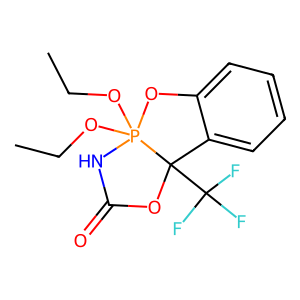
SMILES: CCOP12(OCC)NC(=O)OC1(C(F)(F)F)c1ccccc1O2
Inhibits HIV replication: No